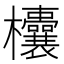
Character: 欜